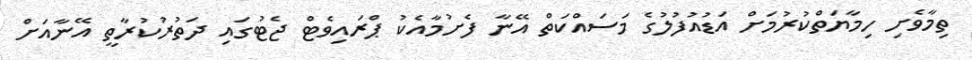
ތިމާވެށި ހިމާޔަތްކުރުމަށް އަޑުއުފުލުގެ މަސައްކަތް އޭނާ ފެށުމާއެކު ޕްރައިވެޓް ޖެޓުގައި ދަތުރުކުރާތީ އޭނާއަށް